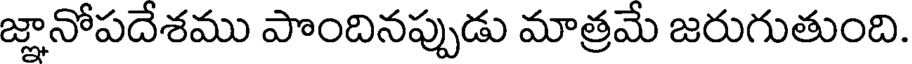
జ్ఞానోపదేశము పొందినప్పుడు మాత్రమే జరుగుతుంది.